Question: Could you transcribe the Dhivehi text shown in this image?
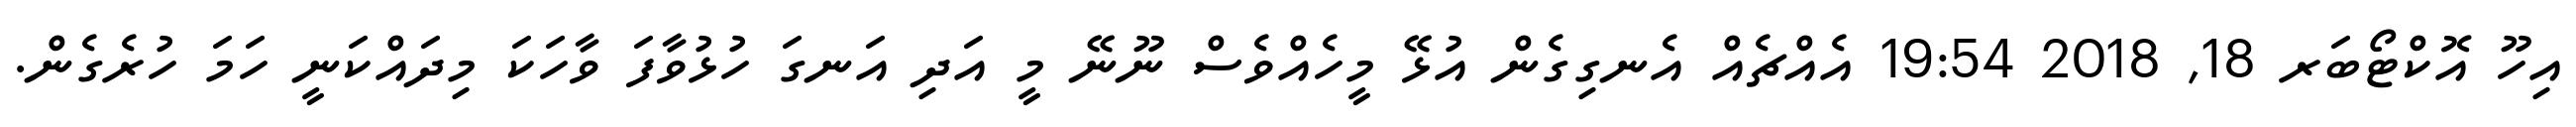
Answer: އިހޫ އޮކްޓޯބަރ 18, 2018 19:54 އެއްޗެއް އެނގިގެން އުޅޭ މީހެއްވެސް ނޫނޭ މީ އަދި އަނގަ ހުޅުވާފަ ވާހަކަ މިދައްކަނީ ހަމަ ހުރެގެން.